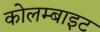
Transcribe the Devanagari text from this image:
कोलम्बाइट